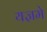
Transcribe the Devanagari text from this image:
यज्ञमे